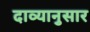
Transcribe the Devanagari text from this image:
दाव्यानुसार